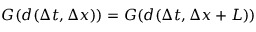
G ( d ( \Delta t , \Delta x ) ) = G ( d ( \Delta t , \Delta x + L ) )